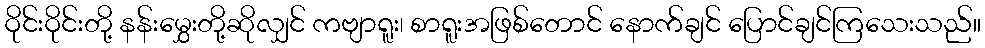
ဝိုင်းဝိုင်းတို့ နန်းမွှေးတို့ဆိုလျှင် ကဗျာရူး၊ စာရူးအဖြစ်တောင် နောက်ချင် ပြောင်ချင်ကြသေးသည်။